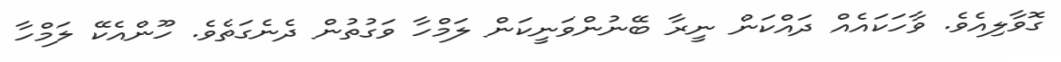
ގޮވާލިއެވެ. ވާހަކައެއް ދައްކަން ނީރާ ބޭނުންވަނީކަން ލަމްހާ ވަގުތުން ދެނެގަތެވެ. ހޫންއެކޭ ލަމްހާ